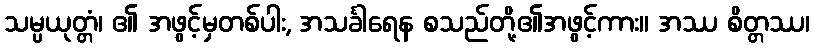
သမ္ပယုတ္တံ၊ ၏ အဖွင့်မှတစ်ပါး, အသင်္ခါရေန စသည်တို့၏အဖွင့်ကား။ အဿ စိတ္တဿ၊